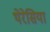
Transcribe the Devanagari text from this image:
थेरेसिया